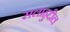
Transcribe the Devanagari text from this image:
सलाहुद्दील